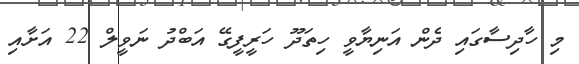
މި ހާދިސާގައި ދެން އަނިޔާވީ ހިތަދޫ ހަރީފީގޭ އަބްދު ނަވީލް 22 އަށާއި